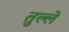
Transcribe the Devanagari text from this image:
तुल्ले